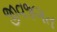
જીવજગત